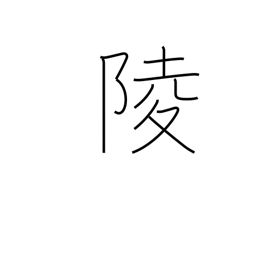
Meaning: imperial tomb